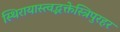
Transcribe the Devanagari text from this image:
स्थिरायास्त्वद्भक्तेस्त्रिपुरहर